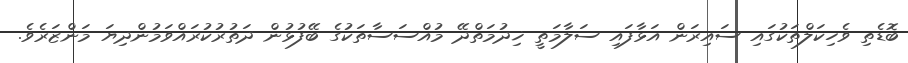
ބޮޑެތި ވެހިކަލްތަކުގައި ސައިރަން އަޅާފައި ސަލާމަތީ ޚިދުމަތްދޭ މުއްސަސާތަކުގެ ބޭފުޅުން ދަތުރުކުރައްވަމުންދިޔަ މަންޒަރެވެ.